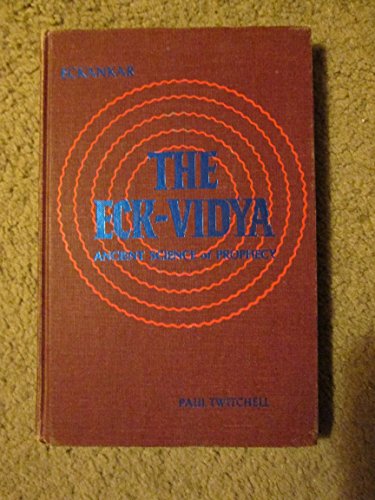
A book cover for The Eck-Vidya: Ancient Science of Prophecy; Paul Twitchell; Religion & Spirituality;